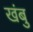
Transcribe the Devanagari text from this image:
खंबु